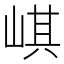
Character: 𡸷